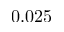
0 . 0 2 5